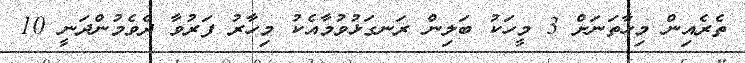
ތެރެއިން މިހާތަނަށް 3 މީހަކު ބަލިން ރަނގަޅުވުމާއެކު މިހާރު ފަރުވާ ދެވެމުންދަނީ 10